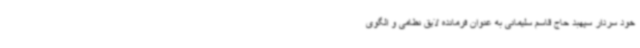
خود سردار سپهبد حاج قاسم سلیمانی به عنوان فرمانده لایق نظامی و الگوی